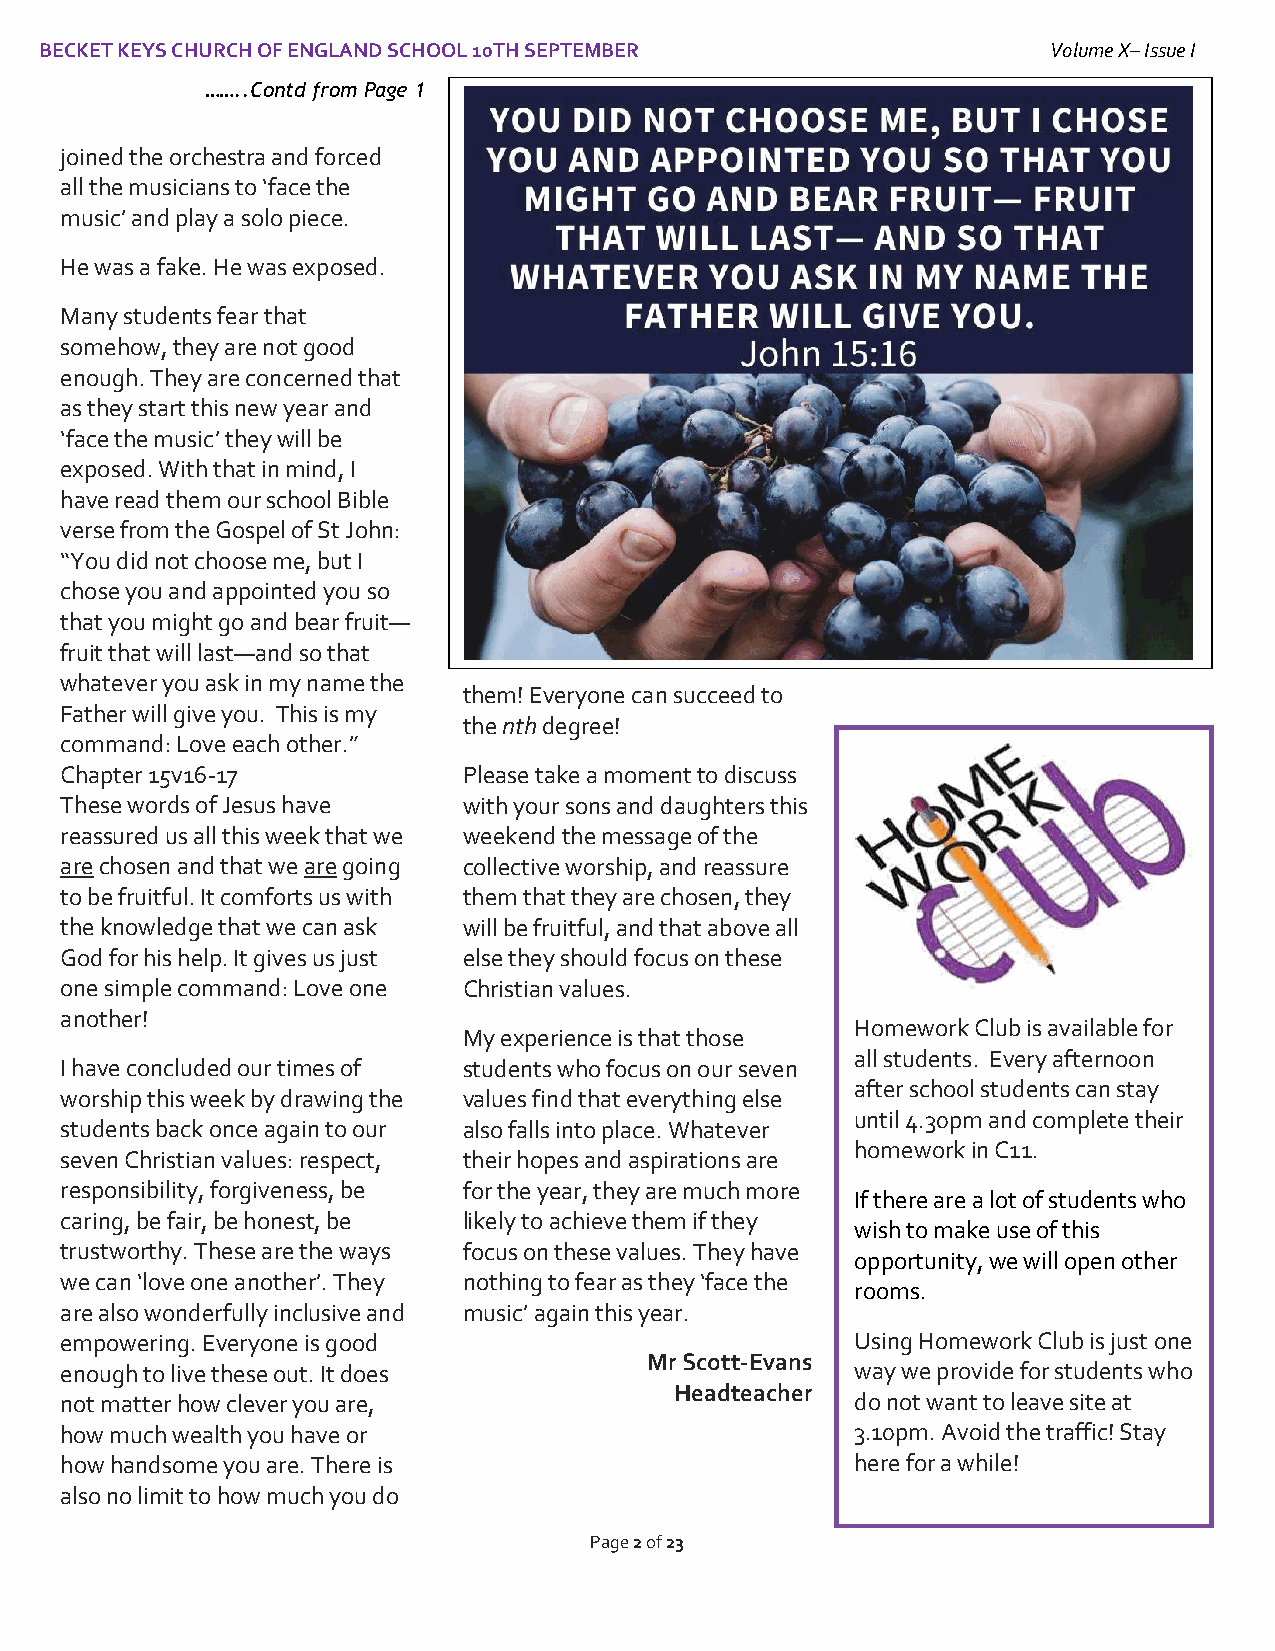
BECKET KEYS CHURCH OF ENGLAND SCHOOL 10TH SEPTEMBER                Volume X– Issue I
 I
 ……..Contd from Page 1
 joined the orchestra and forced
 all the musicians to ‘face the
 music’ and play a solo piece.
 He was a fake. He was exposed.
 Many students fear that
 somehow, they are not good
 enough. They are concerned that
 as they start this new year and
 ‘face the music’ they will be
 exposed. With that in mind, I
 have read them our school Bible
 verse from the Gospel of St John:
 “You did not choose me, but I
 chose you and appointed you so
 that you might go and bear fruit—
 fruit that will last—and so that
 whatever you ask in my name the
 them! Everyone can succeed to
 Father will give you. This is my
 the nth degree!
 command: Love each other.”
 Chapter 15v16-17           Please take a moment to discuss
 These words of Jesus have  with your sons and daughters this
 reassured us all this week that we weekend the message of the
 are chosen and that we are going collective worship, and reassure
 to be fruitful. It comforts us with them that they are chosen, they
 the knowledge that we can ask will be fruitful, and that above all
 God for his help. It gives us just else they should focus on these
 one simple command: Love one Christian values.
 another!
 Homework Club is available for
 My experience is that those
 all students. Every afternoon
 I have concluded our times of students who focus on our seven
 after school students can stay
 worship this week by drawing the values find that everything else
 until 4.30pm and complete their
 students back once again to our also falls into place. Whatever
 homework in C11.
 seven Christian values: respect, their hopes and aspirations are
 responsibility, forgiveness, be for the year, they are much more
 If there are a lot of students who
 caring, be fair, be honest, be likely to achieve them if they
 wish to make use of this
 trustworthy. These are the ways focus on these values. They have
 opportunity, we will open other
 we can ‘love one another’. They nothing to fear as they ‘face the
 rooms.
 are also wonderfully inclusive and music’ again this year.
 empowering. Everyone is good                         Using Homework Club is just one
 Mr Scott-Evans
 enough to live these out. It does                    way we provide for students who
 Headteacher
 not matter how clever you are,                       do not want to leave site at
 how much wealth you have or                          3.10pm. Avoid the traffic! Stay
 how handsome you are. There is                       here for a while!
 also no limit to how much you do
 Page 2 of 23